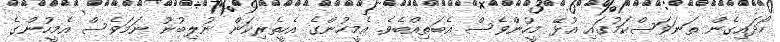
ހޯދައިގެން ތަނަވަސްކަމުގައި އުޅޭ މީހުންވެސް އެބަތިއްބެވެ. އެމީހުންގެ އެހީތެރިކަން ނުލިބުނު ނަމަވެސް އެމީހުންގެ